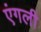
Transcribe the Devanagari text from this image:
एंगली